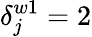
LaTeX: \delta_{j}^{w1}=2